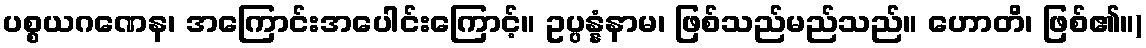
ပစ္စယဂဏေန၊ အကြောင်းအပေါင်းကြောင့်။ ဥပ္ပန္နံနာမ၊ ဖြစ်သည်မည်သည်။ ဟောတိ၊ ဖြစ်၏။)